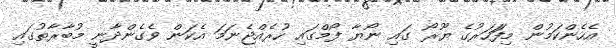
އެހެންކަމުން މިފަަހަރުގެ ޔޫރޯ ގައި ނޯޔާ ފޯމްގައި ހުރެއްޖެނަމަ އެކަން ވެގެންދާނީ މުބާރާތުގައި